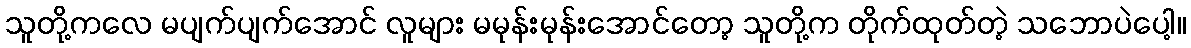
သူတို့ကလေ မပျက်ပျက်အောင် လူများ မမုန်းမုန်းအောင်တော့ သူတို့က တိုက်ထုတ်တဲ့ သဘောပဲပေါ့။